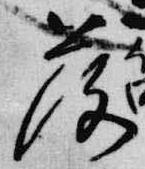
落